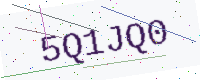
Text: 5Q1JQ0